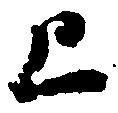
上